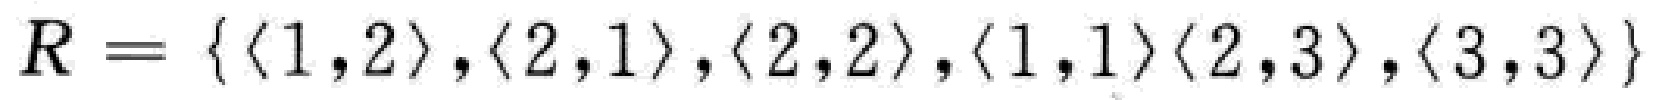
\(R = \{\langle 1,2\rangle,\langle 2,1\rangle,\langle 2,2\rangle,\langle 1,1\rangle\langle 2,3\rangle,\langle 3,3\rangle\}\)